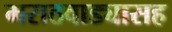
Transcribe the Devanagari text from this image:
मराठवाड्यासह